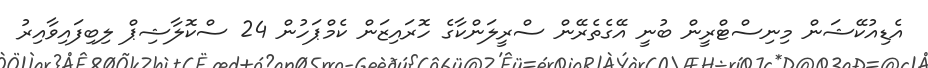
އެޑިއުކޭޝަން މިނިސްޓްރީން ބުނީ އޭގެތެރޭން ސްރީލަންކާގެ ހޮރައިޒަން ކެމްޕަހުން 24 ސްކޮލާޝިޕް ލިބިފައިވާއިރު